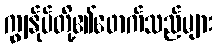
ကျွန်ုပ်တို့၏ဖောက်သည်များ